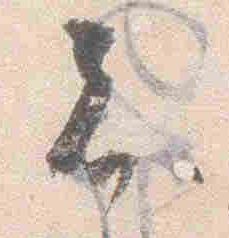
者